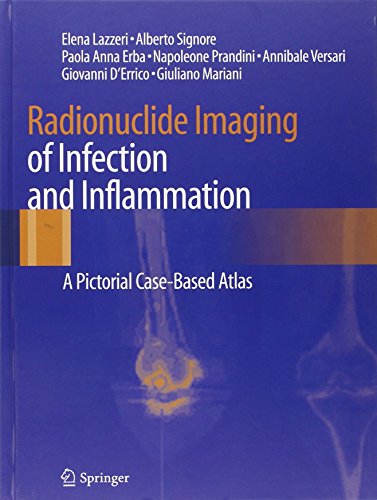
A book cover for Radionuclide Imaging of Infection and Inflammation: A Pictorial Case-Based Atlas; Elena Lazzeri; Computers & Technology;